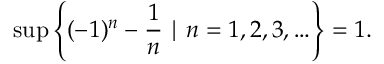
\operatorname* { s u p } \left\{ ( - 1 ) ^ { n } - { \frac { 1 } { n } } \mid n = 1 , 2 , 3 , \ldots \right\} = 1 .